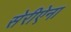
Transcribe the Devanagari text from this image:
सेरीऐना